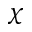
\chi